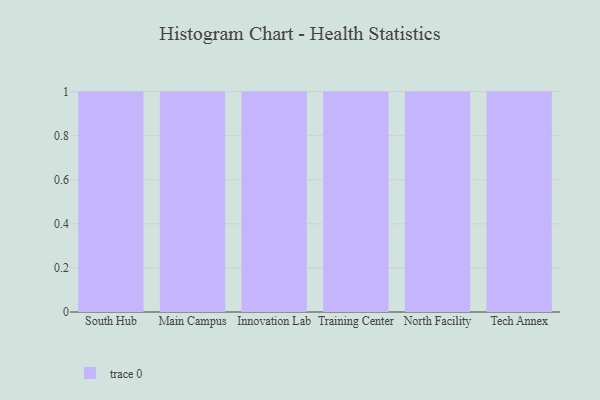
{"axis": {"x": "Campus", "y": "Backlog"}, "legend": [""], "data": [{"x": "South Hub", "y": 68, "type": ""}, {"x": "Main Campus", "y": 53, "type": ""}, {"x": "Innovation Lab", "y": 21, "type": ""}, {"x": "Training Center", "y": 59, "type": ""}, {"x": "North Facility", "y": 7, "type": ""}, {"x": "Tech Annex", "y": 39, "type": ""}]}